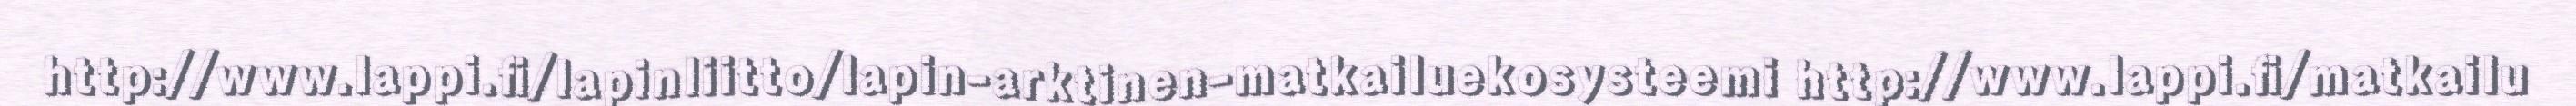
http://www.lappi.fi/lapinliitto/lapin-arktinen-matkailuekosysteemi http://www.lappi.fi/matkailu